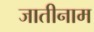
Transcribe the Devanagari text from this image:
जातीनाम